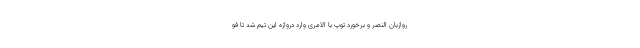
روازبان النصر و برخورد توپ با الامری وارد دروازه این تیم شد تا فو